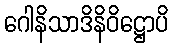
ဂေါနိသာဒိနိဝိဋ္ဌောပိ